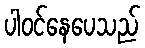
ပါဝင်နေပေသည်